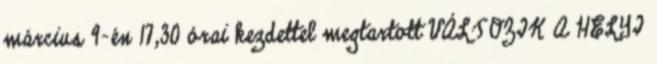
március 9-én 17,30 órai kezdettel megtartott VÁLTOZIK A HELYI